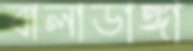
বালাডাঙ্গা